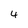
Character: 4